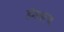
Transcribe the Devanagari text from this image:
डॅमवरच